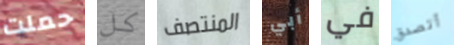
حملت كل المنتصف أبي في أتصدق